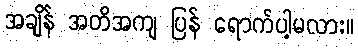
အချိန် အတိအကျ ပြန် ရောက်ပါ့မလား။